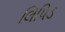
લિપિડ